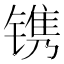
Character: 镌